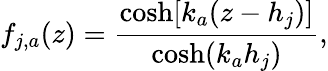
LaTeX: f_{j,a}(z)=\frac{\cosh[k_{a}(z-h_{j})]}{\cosh(k_{a}h_{j})},